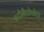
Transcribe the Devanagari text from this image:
स्टोमैटोपोडा